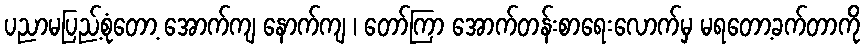
ပညာမပြည့်စုံတော့ အောက်ကျ နောက်ကျ ၊ တော်ကြာ အောက်တန်းစာရေးလောက်မှ မရတော့ခက်တာကို